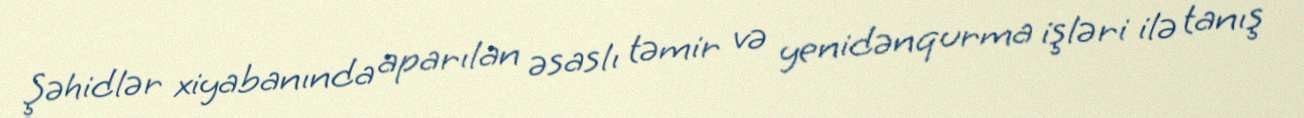
Şəhidlər xiyabanında aparılan əsaslı təmir və yenidənqurma işləri ilə tanış